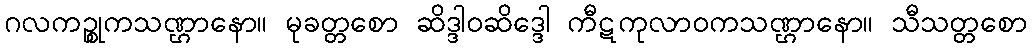
ဂလကဉ္စုကသဏ္ဌာနော။ မုခတ္တစော ဆိဒ္ဒါဝဆိဒ္ဒေါ ကီဋကုလာဝကသဏ္ဌာနော။ သီသတ္တစော